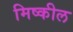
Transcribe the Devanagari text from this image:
मिष्कील